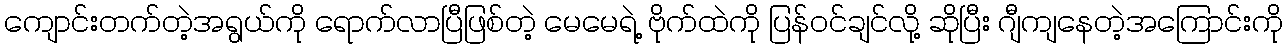
ကျောင်းတက်တဲ့အရွယ်ကို ရောက်လာပြီဖြစ်တဲ့ မေမေရဲ့ ဗိုက်ထဲကို ပြန်ဝင်ချင်လို့ ဆိုပြီး ဂျီကျနေတဲ့အကြောင်းကို